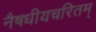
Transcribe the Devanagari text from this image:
नैषधीयचरितम्‌